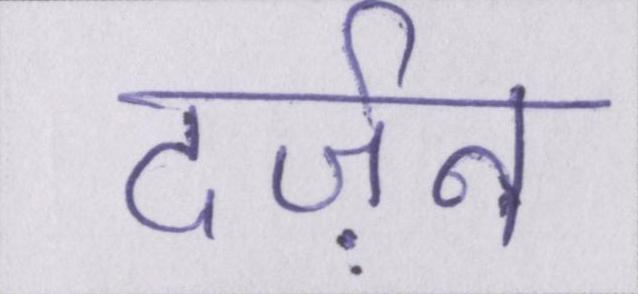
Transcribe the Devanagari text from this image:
दर्ज़न